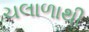
ચલાળાથી